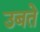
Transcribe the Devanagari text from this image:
उबते